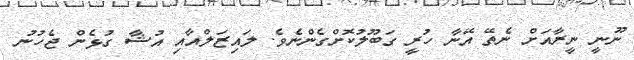
ނޫނީ ނީރާއަށް ނެތޭ އޭނާ ހުރީ ގަބޫލުކޮށްގެންނެވެ. ލައިޒަލްއާއި އުޝާ ގުޅެން ޖެހުނު